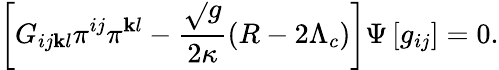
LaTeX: \left[G_{ij\mathbf{k}l}\pi^{ij}\pi^{\mathbf{k}l}-\frac{{\sqrt{}{{g}}}}{{2\kappa}}\left(R-2\Lambda_{c}\right)\right]\Psi\left[g_{ij}\right]=0.